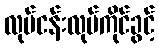
လုပ်ငန်းလုပ်ကိုင်ခွင့်